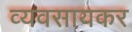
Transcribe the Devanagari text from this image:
व्यवसायकर